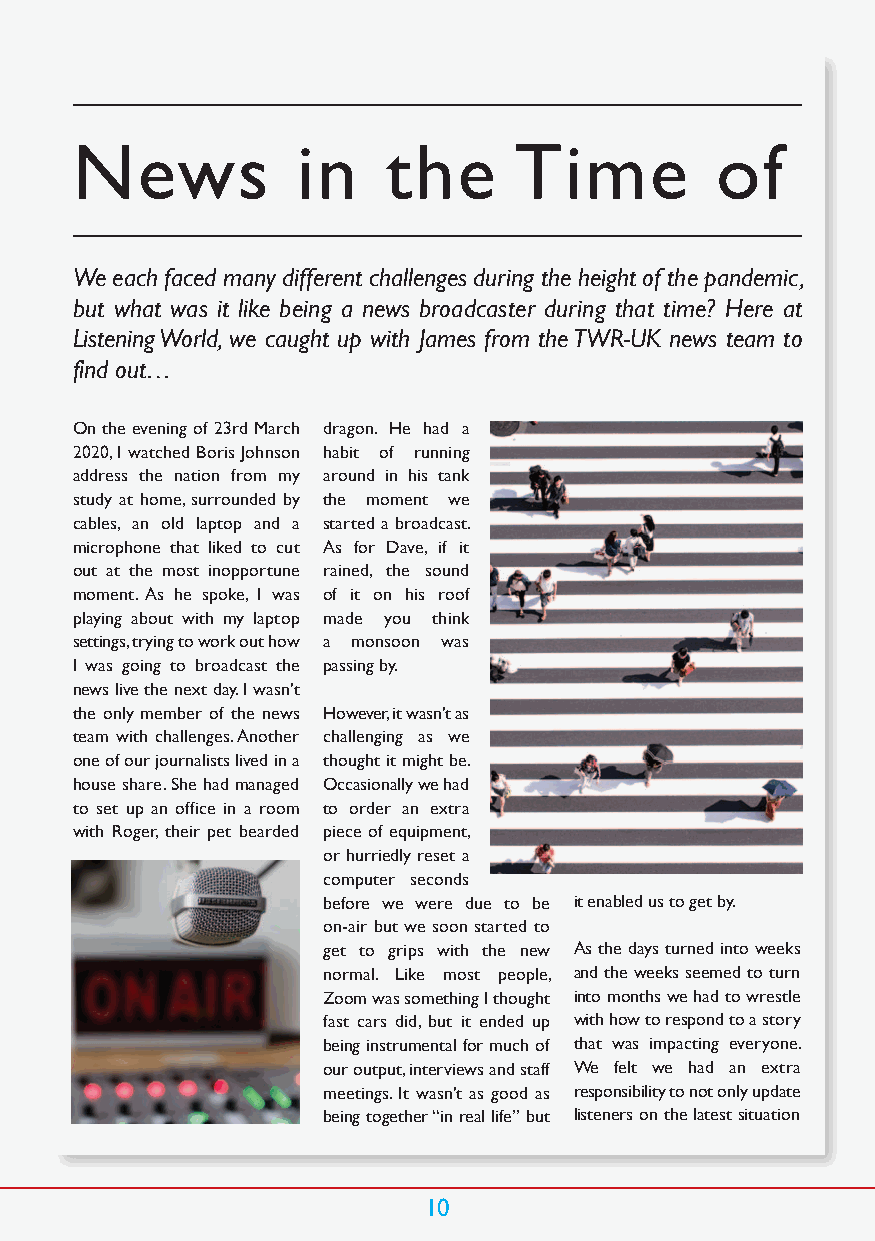
News           in   the      Time         of
 We each faced many different challenges during the height of the pandemic,
 but what was it like being a news broadcaster during that time? Here at
 Listening World, we caught up with James from the TWR-UK news team to
 find out…
 On the evening of 23rd March dragon. He had a
 2020, I watched Boris Johnson habit of running
 address the nation from my around in his tank
 study at home, surrounded by the moment we
 cables, an old laptop and a started a broadcast.
 microphone that liked to cut As for Dave, if it
 out at the most inopportune rained, the sound
 moment. As he spoke, I was of it on his roof
 playing about with my laptop made you think
 settings, trying to work out how a monsoon was
 I was going to broadcast the passing by.
 news live the next day. I wasn’t
 the only member of the news However, it wasn’t as
 team with challenges. Another challenging as we
 one of our journalists lived in a thought it might be.
 house share. She had managed Occasionally we had
 to set up an office in a room to order an extra
 with Roger, their pet bearded piece of equipment,
 or hurriedly reset a
 computer seconds
 before we were due to be i t en a b led us to get by.
 on-air but we soon started to
 get to grips with the new As the days turned into weeks
 normal. Like most people, and the weeks seemed to turn
 Zoom was something I thought into months we had to wrestle
 fast cars did, but it ended up with how to respond to a story
 being instrumental for much of that was impacting everyone.
 our output, interviews and staff We felt we had an extra
 meetings. It wasn’t as good as responsibility to not only update
 being together “in real life” but listeners on the latest situation
 10